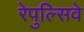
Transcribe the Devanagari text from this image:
रेपुल्सिवे